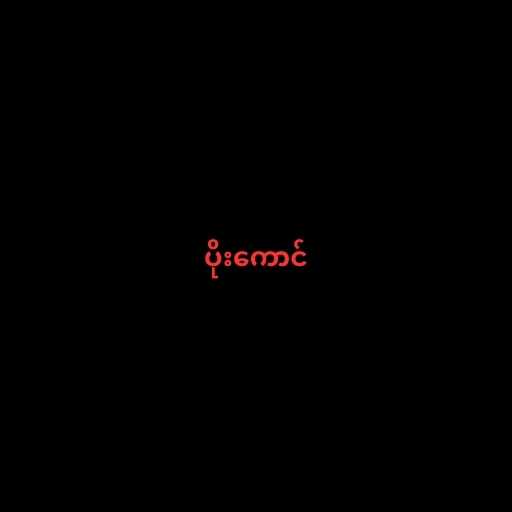
ပိုးကောင်